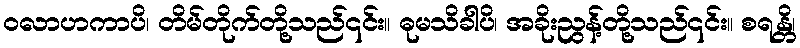
ဝလာဟကာပိ၊ တိမ်တိုက်တို့သည်၎င်း။ ဓုမသိခါပိ၊ အခိုးညွန့်တို့သည်၎င်း။ စရန္တိ၊